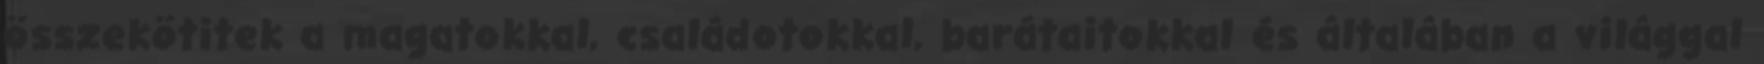
összekötitek a magatokkal, családotokkal, barátaitokkal és általában a világgal